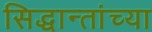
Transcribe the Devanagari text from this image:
सिद्धान्तांच्या